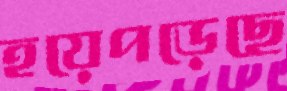
হয়েপড়েছে